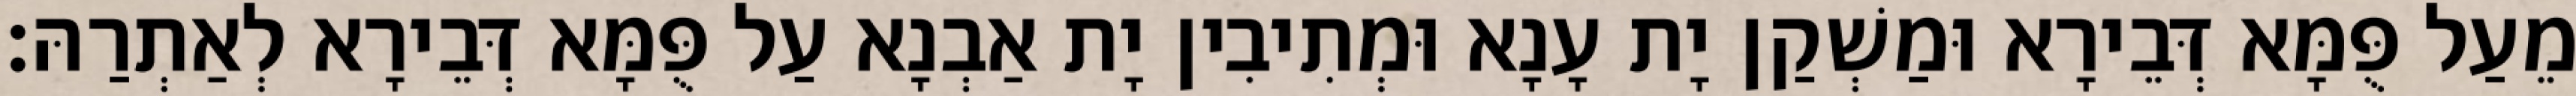
מֵעַל פֻּמָּא דְּבֵירָא וּמַשְׁקַן יָת עָנָא וּמְתִיבִין יָת אַבְנָא עַל פֻּמָּא דְּבֵירָא לְאַתְרַהּ׃